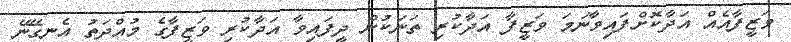
ވަޒީފާއެއް އަދާކޮށްފައިވާނަމަ ވަޒީފާ އަދާކުރި ތަނަކުން ދީފައިވާ އަދާކުރި ވަޒީފާގެ މުއްދަތު އެނގޭނޭ